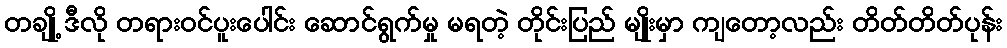
တချို့ ဒီလို တရားဝင်ပူးပေါင်း ဆောင်ရွက်မှု မရတဲ့ တိုင်းပြည် မျိုးမှာ ကျတော့လည်း တိတ်တိတ်ပုန်း